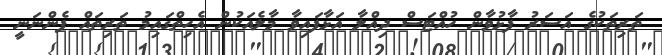
ތަރިތަކުގެ އަސަރު ފާޅުވާން ހުއްޓަސް ދިއްލާ އަޅާފައިވާ މާލެއަކުން އެހިތްގައިމު ތަރިތައް ފެންނަނީ